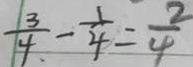
\frac { 3 } { 4 . } - \frac { 1 } { 4 } = \frac { 2 } { 4 }